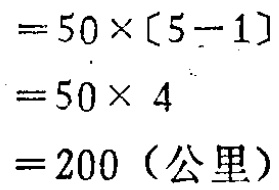
\[

\begin{align*}

&=50\times(5 - 1)\\

&=50\times4\\

&=200 (\text{公里})

\end{align*}

\]